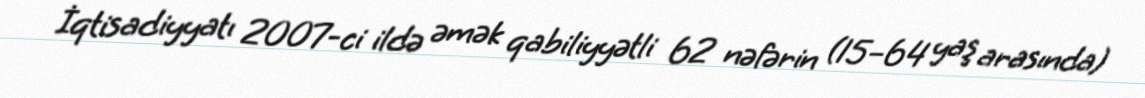
İqtisadiyyatı 2007-ci ildə əmək qabiliyyətli 62 nəfərin (15–64 yaş arasında)